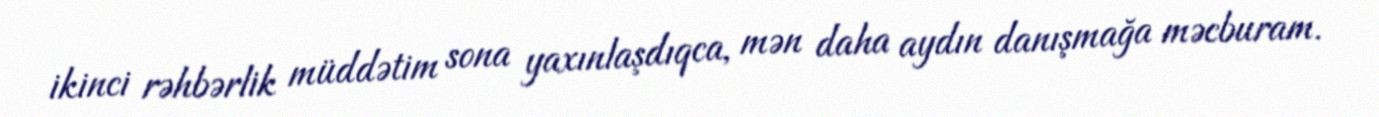
ikinci rəhbərlik müddətim sona yaxınlaşdıqca, mən daha aydın danışmağa məcburam.